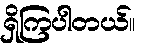
ရှိကြပါတယ်။